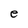
Character: e